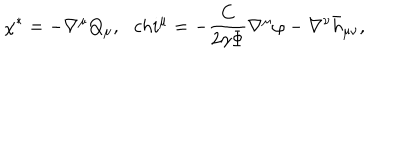
LaTeX: \chi ^ { * } = - \nabla ^ { \mu } Q _ { \mu } , \ \ \, c h i ^ { \mu } = - { \frac { C } { 2 \gamma \Phi } } \nabla ^ { \mu } \varphi - \nabla ^ { \nu } \bar { h } _ { \mu \nu } ,